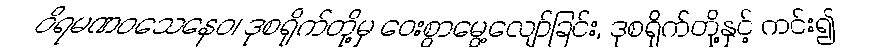
ဝိရမဏဝသေနေဝ၊ ဒုစရိုက်တို့မှ ဝေးစွာမွေ့လျော်ခြင်း, ဒုစရိုက်တို့နှင့် ကင်း၍